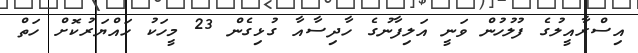
އިސްރާއީލުގެ ފުލުހުން ވަނީ އަލިފާނުގެ ހާދިސާއާ ގުޅިގެން 23 މީހަކު ހައްޔަރުކޮށް ހަތް